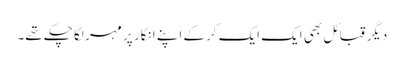
دیگر قبائل بھی ایک ایک کرکے اپنے انکار پر مہر لگا چکے تھے۔